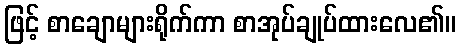
ဖြင့် စာချောများရိုက်ကာ စာအုပ်ချုပ်ထားလေ၏။